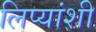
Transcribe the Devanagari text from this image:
लिप्यांशी